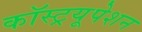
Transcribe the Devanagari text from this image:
कॉस्ट्रयूपेशन